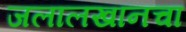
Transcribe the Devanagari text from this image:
जलालखानचा